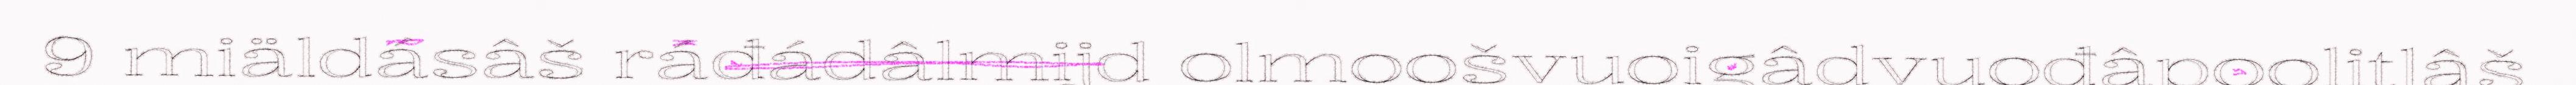
9 miäldásâš ráđádâlmijd olmoošvuoigâdvuođâpoolitlâš